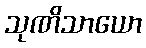
သုဏိသာယော